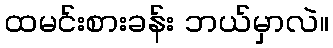
ထမင်းစားခန်း ဘယ်မှာလဲ။